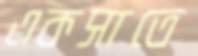
একসাতে